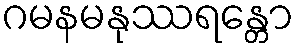
ဂမနမနုဿရန္တော